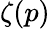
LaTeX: \zeta(p)